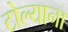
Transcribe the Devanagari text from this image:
टोल्याना